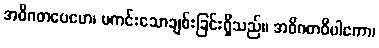
အဝိဂတပေမော၊ မကင်းသောချစ်းခြင်းရှိသည်။ အဝိဂတဝိပါကော၊